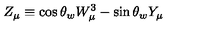
Z _ { \mu } \equiv \cos \theta _ { w } W _ { \mu } ^ { 3 } - \sin \theta _ { w } Y _ { \mu }